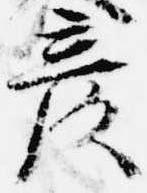
彦